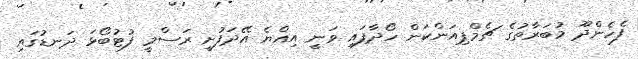
ފެހެންދޫ މުބަރާތުގެ ޗެމްޕިއަންކަން ހޯދާފައި ވަނީ އިއްޔެ އޭދަފުށީ ރަސްމީ ފުޓުބޯޅަ ދަނޑުގައި